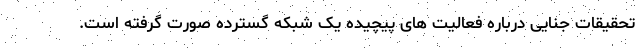
تحقیقات جنایی درباره فعالیت های پیچیده یک شبکه گسترده صورت گرفته است.